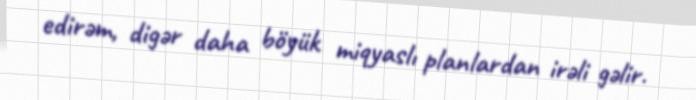
edirəm, digər daha böyük miqyaslı planlardan irəli gəlir.